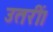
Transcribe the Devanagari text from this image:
उतरीं।